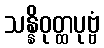
သန္နိဝုတ္ထပုဗ္ဗံ